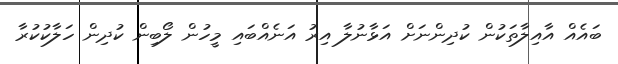
ބައެއް އާއިލާތަކުން ކުދިންނަށް އަޅާނުލާ އިރު އަނެއްބައި މީހުން ލޯބިން ކުދިން ހަލާކުކުރާ